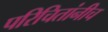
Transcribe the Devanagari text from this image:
परिचितांनीच